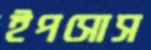
ইপসোস